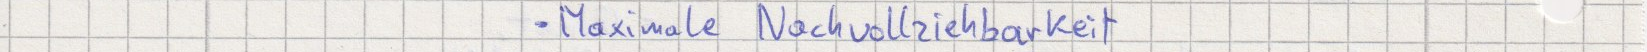
- Maximale Nachvollziehbarkeit